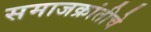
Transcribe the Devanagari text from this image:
समाजक्रांतीचे